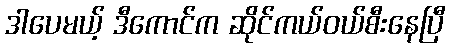
ဒါပေမယ့် ဒီကောင်က ဆိုင်ကယ်ဝယ်စီးနေပြီ